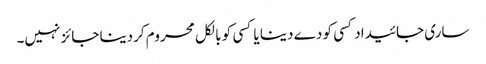
ساری جائیداد کسی کو دے دینا یا کسی کو بالکل محروم کردینا جائز نہیں۔